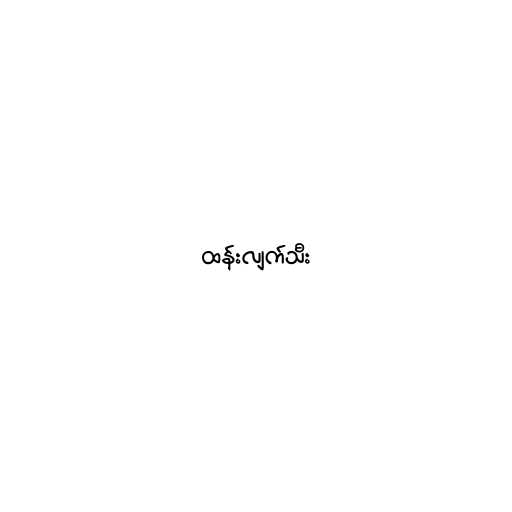
ထန်းလျက်သီး